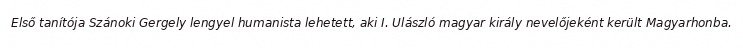
Első tanítója Szánoki Gergely lengyel humanista lehetett, aki I. Ulászló magyar király nevelőjeként került Magyarhonba.